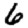
Digit: 6